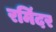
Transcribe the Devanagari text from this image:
रमिंदर